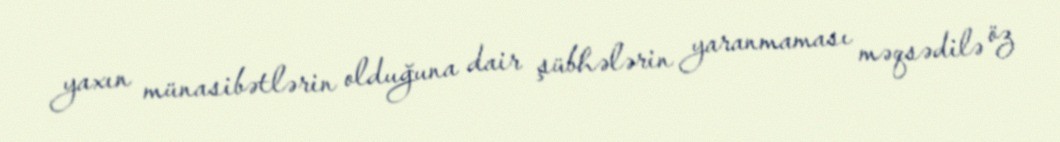
yaxın münasibətlərin olduğuna dair şübhələrin yaranmaması məqsədilə öz